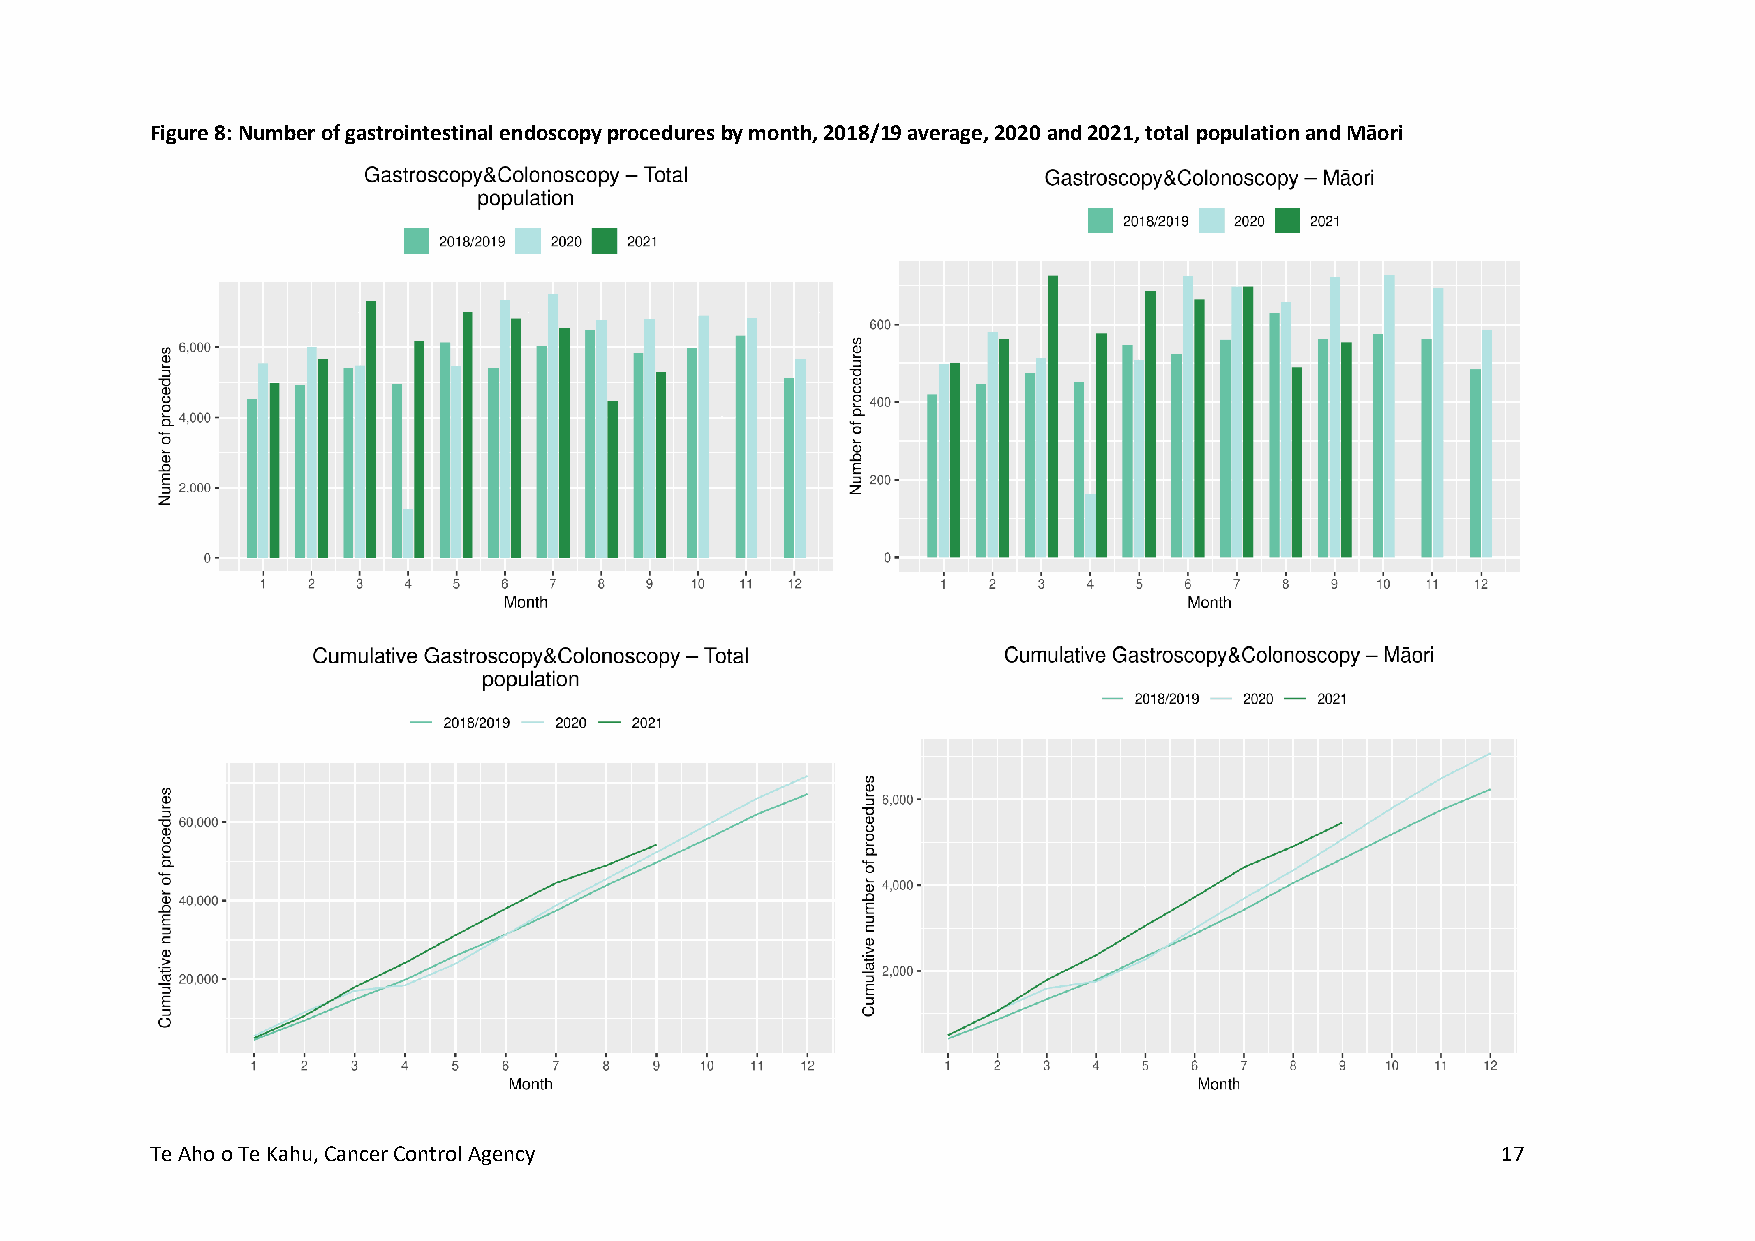
Figure 8: Number of gastrointestinal endoscopy procedures by month, 2018/19 average, 2020 and 2021, total population and Māori
 Te Aho o Te Kahu, Cancer Control Agency                                                  17